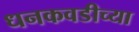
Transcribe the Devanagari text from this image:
धनकवडीच्या